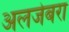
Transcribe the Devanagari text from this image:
अलजेबरा